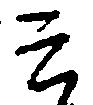
云